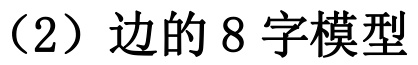
（2）边的 8 字模型